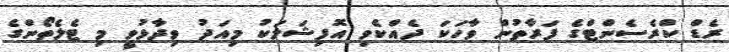
ރެޑް ކްރެސެންޓްގެ ފަރާތުން ވާހަކަ ދެއްކެވި އޮފިޝަލަކު މިއަދު ވިދާޅުވީ މި ޓެލެތޯންގެ